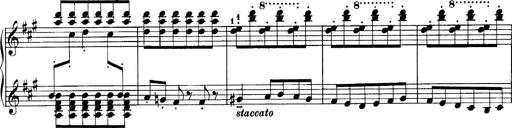
Title: Sonatina No.6
Composer: Ferruccio Busoni